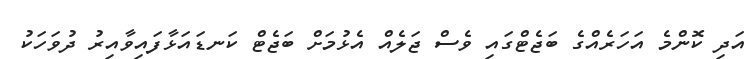
އަދި ކޮންމެ އަހަރެއްގެ ބަޖެޓްގައި ވެސް ޖަލެއް އެޅުމަށް ބަޖެޓް ކަނޑައަޅާފައިވާއިރު ދުވަހަކު